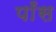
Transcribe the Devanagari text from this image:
पाँस